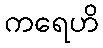
ကရေဟိ